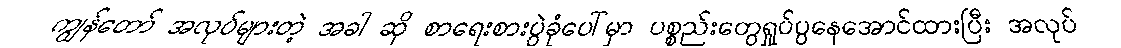
ကျွန်တော် အလုပ်များတဲ့ အခါ ဆို စာရေးစားပွဲခုံပေါ်မှာ ပစ္စည်းတွေရှုပ်ပွနေအောင်ထားပြီး အလုပ်